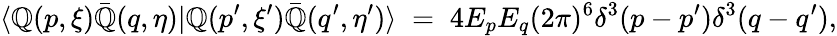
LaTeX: \langle\mathbb{Q}(p,\xi)\bar{{\mathbb{Q}}}(q,\eta)|\mathbb{Q}(p^{\prime},\xi^{\prime})\bar{{\mathbb{Q}}}(q^{\prime},\eta^{\prime})\rangle\; =\; 4E_{p}E_{q}(2\pi)^{6}\delta^{3}(p-p^{\prime})\delta^{3}(q-q^{\prime}),